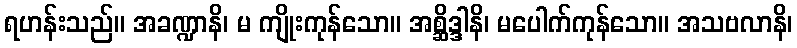
ရဟန်းသည်။ အခဏ္ဍာနိ၊ မ ကျိုးကုန်သော။ အစ္ဆိဒ္ဒါနိ၊ မပေါက်ကုန်သော။ အသဗလာနိ၊